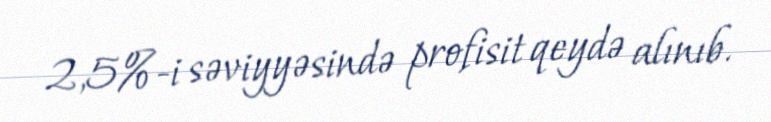
2,5%-i səviyyəsində profisit qeydə alınıb.